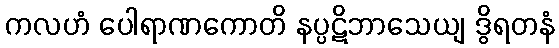
ကလဟံ ပေါရာဏကောတိ နပ္ပဋိဘာသေယျ ဒွိရတနံ